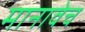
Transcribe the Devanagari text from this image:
मानावेच